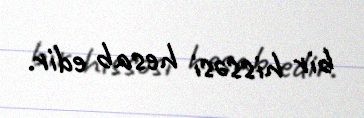
bir hissəsi hesab edir.